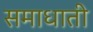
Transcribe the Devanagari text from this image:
समाधाती